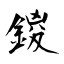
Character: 鍐